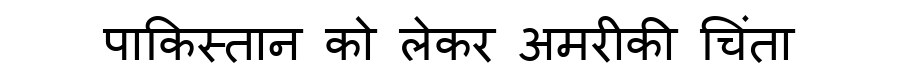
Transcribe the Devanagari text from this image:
पाकिस्तान को लेकर अमरीकी चिंता